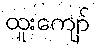
ထူးကျော်